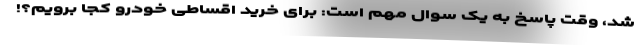
شد، وقت پاسخ به یک سوال مهم است: برای خرید اقساطی خودرو کجا برویم؟!